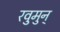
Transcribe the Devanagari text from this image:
रवुुमुन्